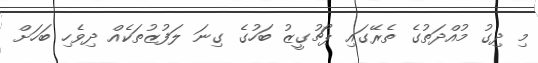
މި ދިގު މުއްދަތުގެ ތެރޭގައި ޕޯޗުގީޒު ބަހުގެ ގިނަ ލަފުޒުތަކެއް ދިވެހި ބަހަށް